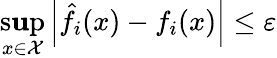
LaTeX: \underset{x\in{\cal{X}}}{\operatorname*{s\mathbf{u}p}}\left|\hat{{f}}_{i}(x)-f_{i}(x)\right|\le\varepsilon